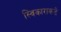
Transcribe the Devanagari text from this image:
स्विकाराकडे